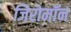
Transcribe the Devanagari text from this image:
जिरोमॉन